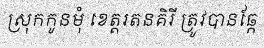
ស្រុកកូនមុំ ខេត្តរតនគិរី ត្រូវបានឆ្កែ